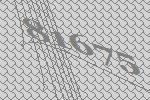
81675